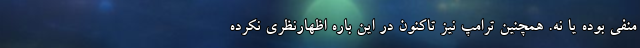
منفی بوده یا نه. همچنین ترامپ نیز تاکنون در این باره اظهارنظری نکرده